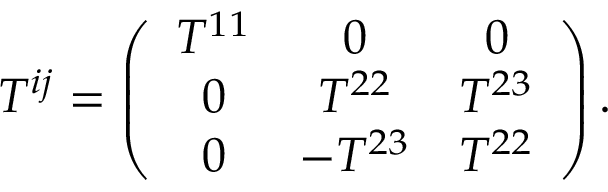
\begin{array} { r } { T ^ { i j } = \left( \begin{array} { c c c } { T ^ { 1 1 } } & { 0 } & { 0 } \\ { 0 } & { T ^ { 2 2 } } & { T ^ { 2 3 } } \\ { 0 } & { - T ^ { 2 3 } } & { T ^ { 2 2 } } \end{array} \right) . } \end{array}